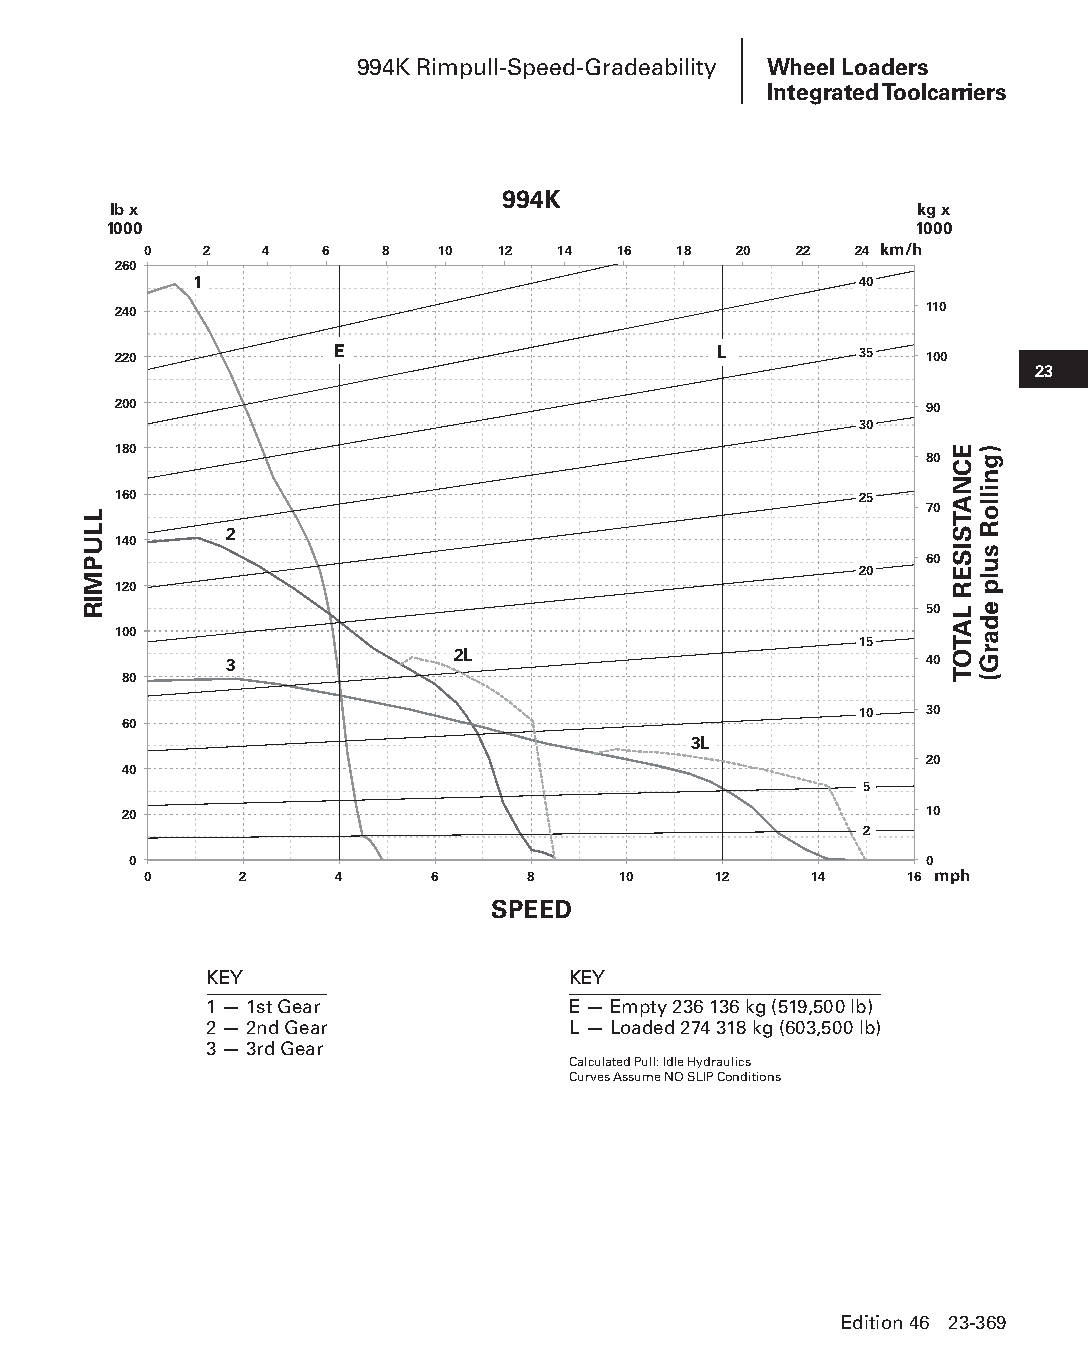
994K Rimpull-Speed-Gradeability Wheel Loaders
 Integrated Toolcarriers
 994K
 lb x                                                 kg x
 1000                                                  1000
 0   2   4   6   8  10  12  14  16  18  20  22  24 km/h
 260
 1                                           40
 240                                                   110
 220           E                         L        35   100
 23
 200                                                   90
 30
 180
 80
 160                                              25
 70
 2
 140
 60
 20
 120
 50
 100
 15
 3              2L                              40
 80
 10   30
 60
 3L
 20
 40
 5
 20                                                    10
 2
 0                                                    0
 0     2      4     6     8     10     12    14    16 mph
 SPEED
 KEY                     KEY
 1 — 1st Gear            E — Empty 236 136 kg (519,500 lb)
 2 — 2nd Gear            L — Loaded 274 318 kg (603,500 lb)
 3 — 3rd Gear
 Calculated Pull: Idle Hydraulics
 Curves Assume NO SLIP Conditions
 Edition 46 23-369
 PPHHBB--SSeecc2233((ppgg332255--338800))..iinndddd 336699      1122//44//1155 1111::1133 AAMM
 LLUPMIR
 ECNATSISER
 LATOT
 )gnilloR
 sulp
 edarG(